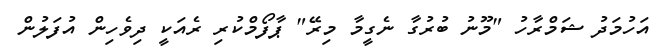
އަހުމަދު ޝަމްރާހު "މޫނު ބުރުގާ ނެގީމާ މިރޭ" ޕާފޯމްކުރި ރެއަކީ ދިވެހިން އުފަލުން